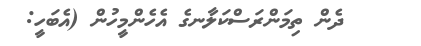
ދެން ތިމަންރަސްކަލާނގެ އެހެންމީހުން (އެބަހީ: